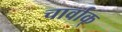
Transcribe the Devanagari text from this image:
चार्वाक्